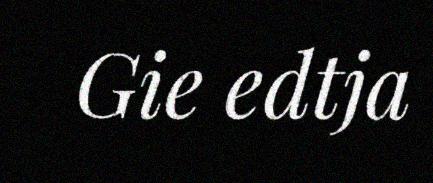
Gie edtja